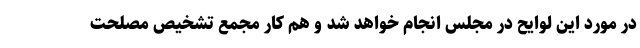
در مورد این لوایح در مجلس انجام خواهد شد و هم کار مجمع تشخیص مصلحت